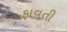
ફાવતી